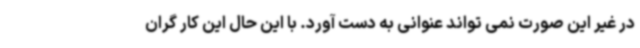
در غیر این صورت نمی تواند عنوانی به دست آورد. با این حال این کار گران